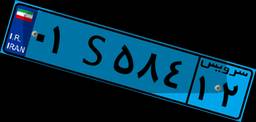
۰۱S۵۸۴۱۲